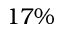
1 7 \%